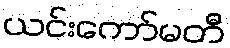
ယင်းကော်မတီ